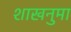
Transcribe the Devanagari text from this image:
शाखनुमा